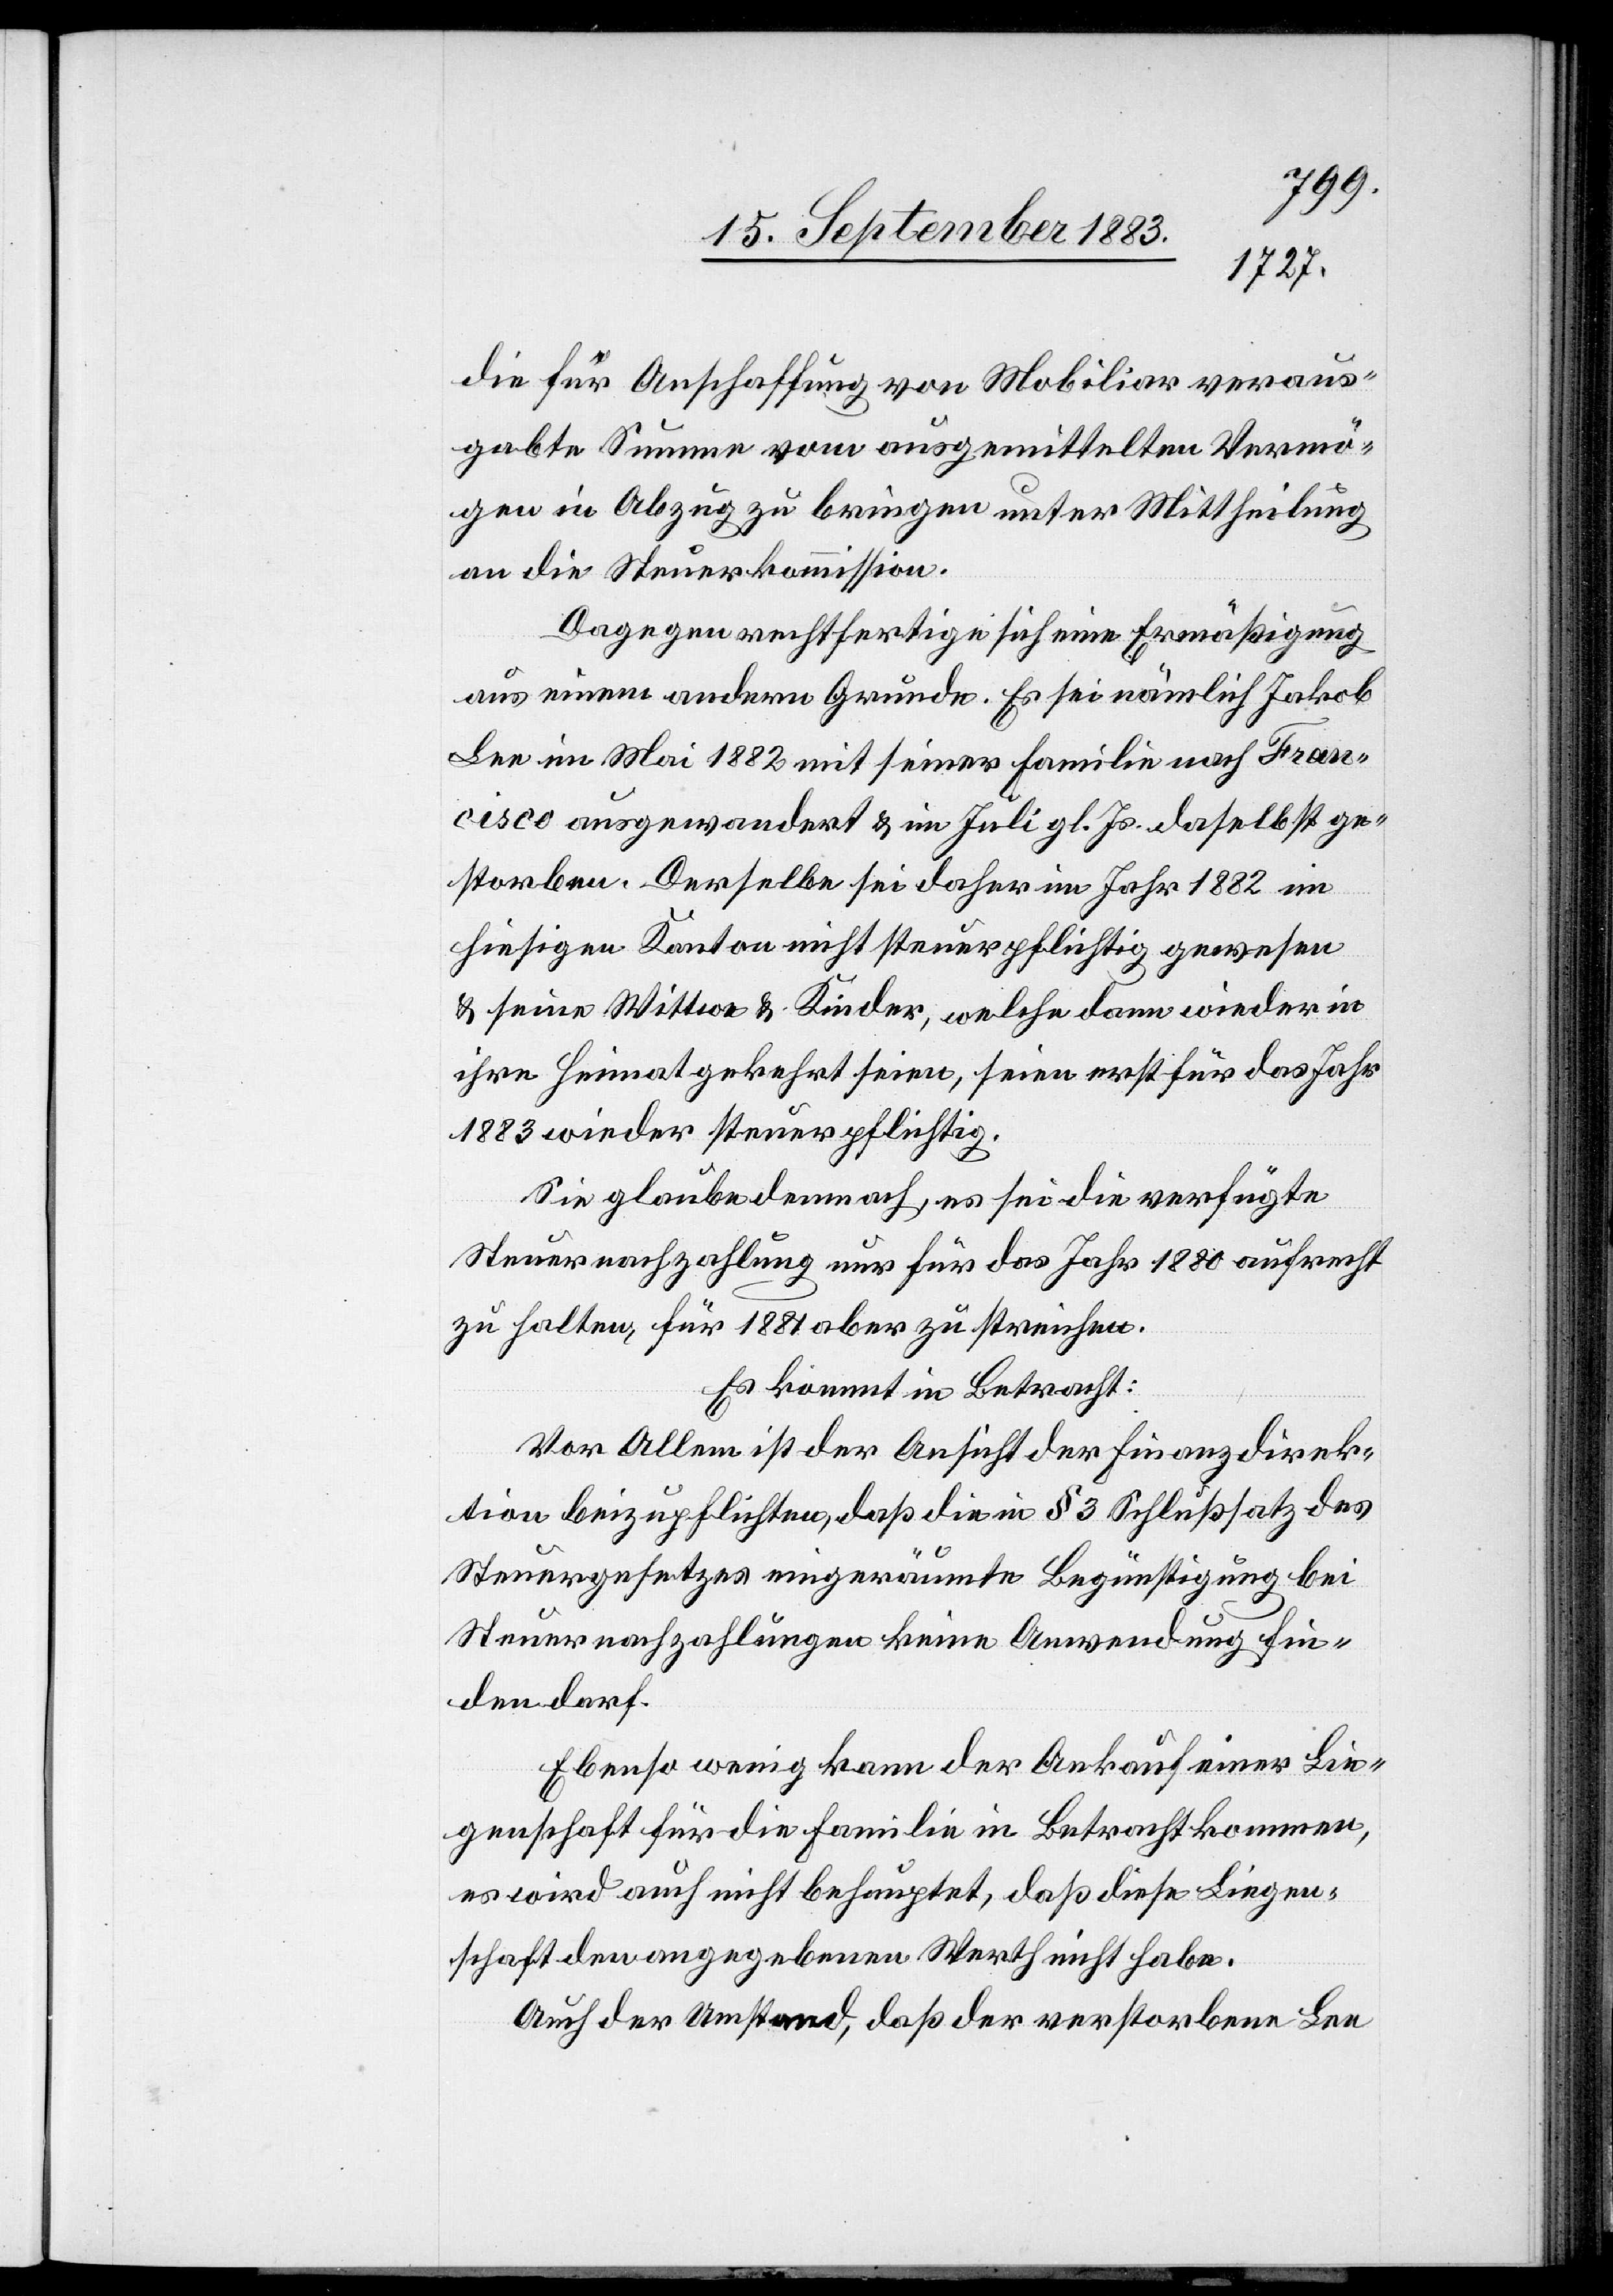
[sic!] für Anschaffung von Mobiliar veraus¬
gabte Summe vom ausgemittelten Vermö¬
gen in Abzug zu bringen unter Mittheilung
an die Steuerkommission.
Dagegen rechtfertige sich eine Ermäßigung
aus einem andern Grunde. Es sei nämlich Jakob
Lee im Mai 1882 mit seiner Familie nach Fran¬
cisco ausgewandert & im Juli gl. Js. daselbst ge¬
storben. Derselbe sei daher im Jahr 1882 im
hiesigen Kanton nicht steuerpflichtig gewesen
& seine Wittwe & Kinder, welche dann wieder in
ihre Heimat gekehrt seien, seien erst für das Jahr
1883 wieder steuerpflichtig.
Sie glaube demnach, es sei die verfügte
Steuernachzahlung nur für das Jahr 1880 aufrecht
zu halten, für 1881 aber zu streichen.
Es kommt in Betracht:
Vor Allem ist der Ansicht der Finanzdirek¬
tion beizupflichten, daß die in § 3 Schlußsatz des
Steuergesetzes eingeräumte Begünstigung bei
Steuernachzahlungen keine Anwendung fin¬
den darf.
Ebenso wenig kann der Ankauf einer Lie¬
genschaft für die Familie in Betracht kommen,
es wird auch nicht behauptet, daß diese Liegen¬
schaft den angegebenen Werth nicht habe.
Auch der Umstand, daß der verstorbene Lee